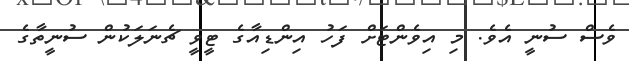
ވެސް ސުނީ އެވެ. މި އިވެންޓަށް ފަހު އިންޑިއާގެ ޓީވީ ޗެނަލަކުން ސުނީތާގެ